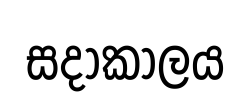
සදාකාලය